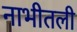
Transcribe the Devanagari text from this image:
नाभीतली